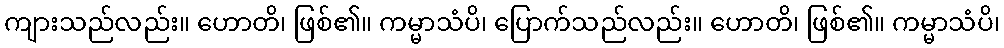
ကျားသည်လည်း။ ဟောတိ၊ ဖြစ်၏။ ကမ္မာသံပိ၊ ပြောက်သည်လည်း။ ဟောတိ၊ ဖြစ်၏။ ကမ္မာသံပိ၊